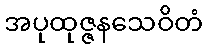
အပုထုဇ္ဇနသေဝိတံ